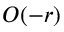
O ( - r )